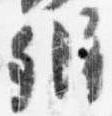
弁